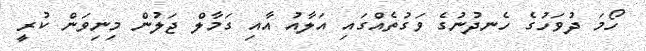
ހޯމަ ދުވަހުގެ ހެނދުނުގެ ވަގުތެއްގައި އަލާއު އާއި ގަމާލް ޖަލުން މިނިވަން ކުރީ